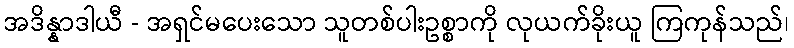
အဒိန္နာဒါယီ - အရှင်မပေးသော သူတစ်ပါးဥစ္စာကို လုယက်ခိုးယူ ကြကုန်သည်၊